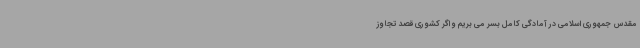
مقدس جمهوری اسلامی در آمادگی کامل بسر می بریم و اگر کشوری قصد تجاوز